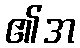
၏အ